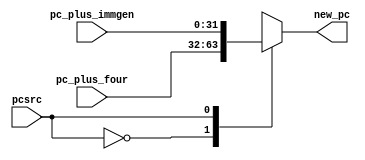
//////////////////////////////////////////////////////////////////////////////////
// Company: 
// Engineer: 
// 
// Design Name: 
// Module Name:    mux1 
// Project Name: 
// Target Devices: 
// Tool versions: 
// Description: 
//
// Dependencies: 
//
// Revision: 
// Revision 0.01 - File Created
// Additional Comments: 
//
//////////////////////////////////////////////////////////////////////////////////
module mux1(pcsrc, pc_plus_four, pc_plus_immgen, new_pc);
    input pcsrc;
    input [31:0] pc_plus_four;
    input [31:0] pc_plus_immgen;
    output reg [31:0] new_pc;
	 always@(pcsrc,pc_plus_four,pc_plus_immgen)
	 begin
	 case(pcsrc)
	 0: new_pc<=pc_plus_four;
	 1: new_pc<=pc_plus_immgen;
	 default: new_pc<=0;
	 endcase
	 end

endmodule